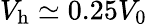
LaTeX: V_{\mathrm{h}}\simeq 0.25V_{\mathrm{0}}